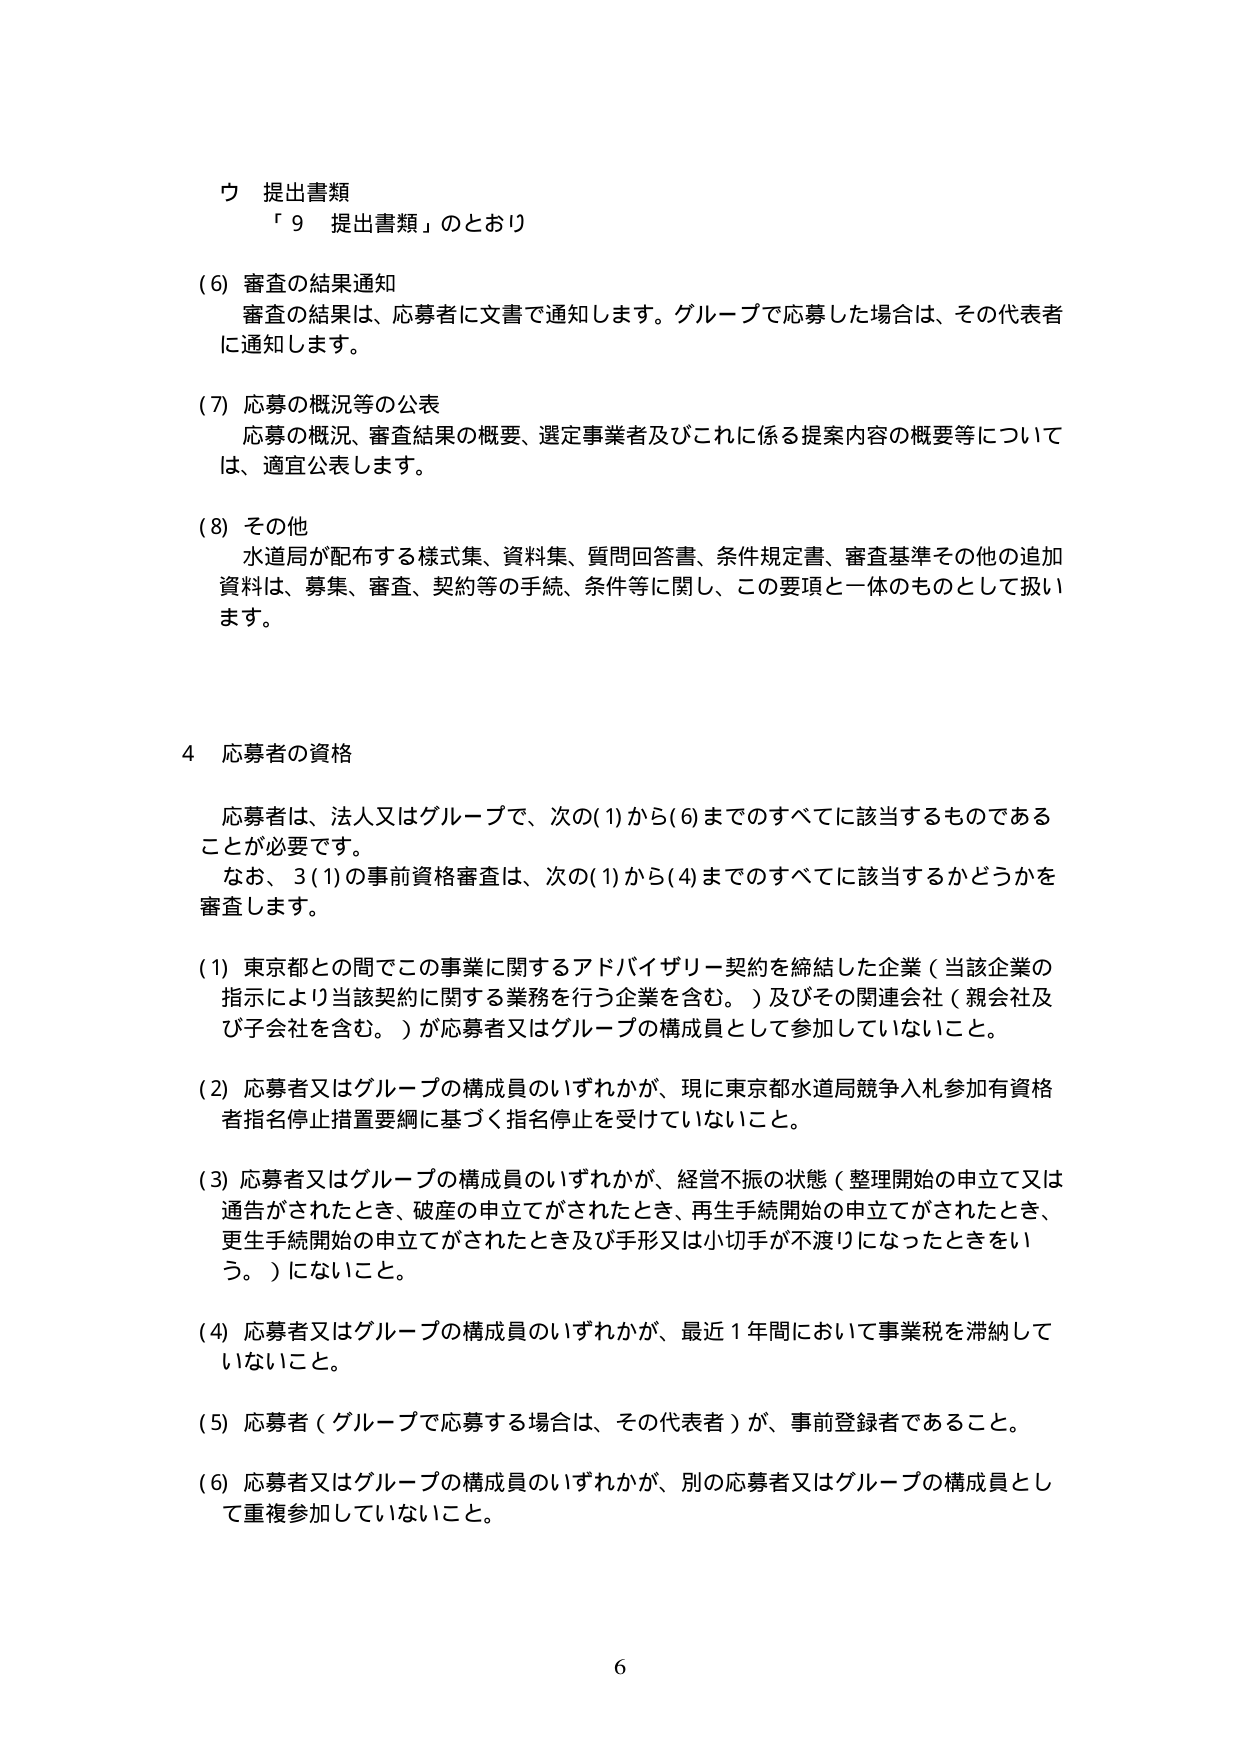
ウ 提出書類
「9 提出書類」のとおり

(6) 審査の結果通知
審査の結果は、応募者に文書で通知します。グループで応募した場合は、その代表者に通知します。

(7) 応募の概況等の公表
応募の概況、審査結果の概要、選定事業者及びこれに係る提案内容の概要等については、適宜公表します。

(8) その他
水道局が配布する様式集、資料集、質問回答書、条件規定書、審査基準その他の追加資料は、募集、審査、契約等の手続、条件等に関し、この要項と一体のものとして扱います。

4 応募者の資格
応募者は、法人又はグループで、次の(1)から(6)までのすべてに該当するものであることが必要です。
なお、3(1)の事前資格審査は、次の(1)から(4)までのすべてに該当するかどうかを審査します。

(1) 東京都との間でこの事業に関するアドバイザリー契約を締結した企業（当該企業の指示により当該契約に関する業務を行う企業を含む。）及びその関連会社（親会社及び子会社を含む。）が応募者又はグループの構成員として参加していないこと。

(2) 応募者又はグループの構成員のいずれかが、現に東京都水道局競争入札参加有資格者指名停止措置要綱に基づく指名停止を受けていないこと。

(3) 応募者又はグループの構成員のいずれかが、経営不振の状態（整理開始の申立て又は通告がされたとき、破産の申立てがされたとき、再生手続開始の申立てがされたとき、更生手続開始の申立てがされたとき及び手形又は小切手が不渡りになったときをいう。）にないこと。

(4) 応募者又はグループの構成員のいずれかが、最近1年間において事業税を滞納していないこと。

(5) 応募者（グループで応募する場合は、その代表者）が、事前登録者であること。

(6) 応募者又はグループの構成員のいずれかが、別の応募者又はグループの構成員として重複参加していないこと。

6